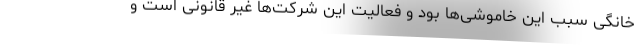
خانگی سبب این خاموشی‌ها بود و فعالیت این شرکت‌ها غیر قانونی است و